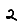
Digit: 2